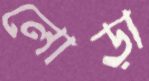
লোড়া